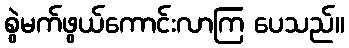
စွဲမက်ဖွယ်ကောင်းလာကြ ပေသည်။